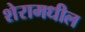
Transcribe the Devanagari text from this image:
शेरामधील